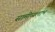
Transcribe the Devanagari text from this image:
सामीप्यलाभ